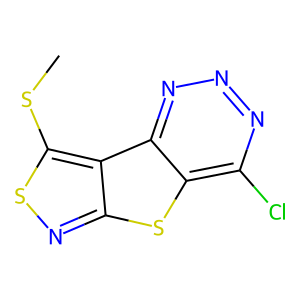
SMILES: CSc1snc2sc3c(Cl)nnnc3c12
Inhibits HIV replication: No